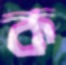
ক